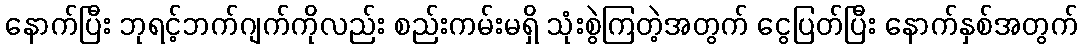
နောက်ပြီး ဘုရင့်ဘက်ဂျက်ကိုလည်း စည်းကမ်းမရှိ သုံးစွဲကြတဲ့အတွက် ငွေပြတ်ပြီး နောက်နှစ်အတွက်